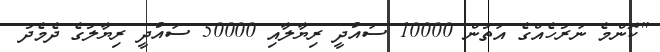
"ކޮންމެ ނަރުހެއްގެ އަތުން 10000 ސައުދީ ރިޔާލާއި 50000 ސައުދީ ރިޔާލުގެ ދެމެދު